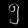
Digit: ၅